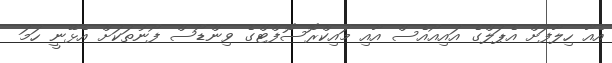
އެއާ ހިލާފަށް އެޕަލްގެ އައިއޯއެސް އާއި މައިކްރޮސޮފްޓްގެ ވިންޑޯސް ފޯނުތަކަށް އެޅޭނީ ހަމަ